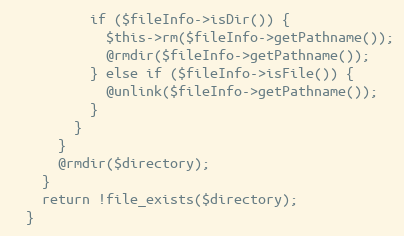
Language: PHP
          if ($fileInfo->isDir()) {
            $this->rm($fileInfo->getPathname());
            @rmdir($fileInfo->getPathname());
          } else if ($fileInfo->isFile()) {
            @unlink($fileInfo->getPathname());
          }
        }
      }
      @rmdir($directory);
    }
    return !file_exists($directory);
  }